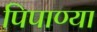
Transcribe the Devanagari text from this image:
पिपाण्या